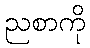
ညစာကို